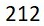
212